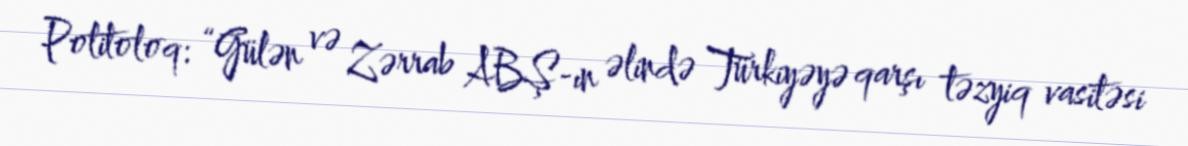
Politoloq: “Gülən və Zərrab ABŞ-ın əlində Türkiyəyə qarşı təzyiq vasitəsi